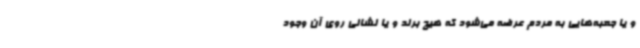
و یا جعبه‌هایی به مردم عرضه می‌شود که هیچ برند و یا نشانی روی آن وجود